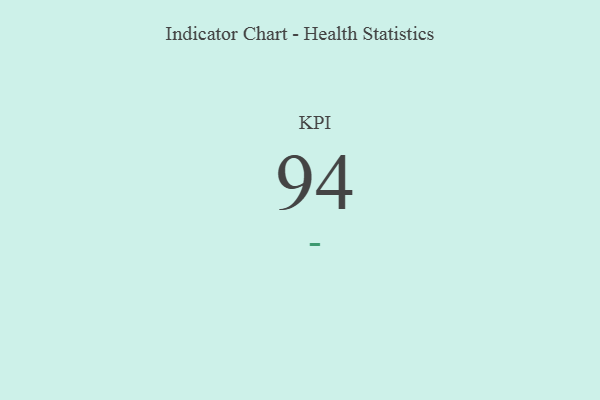
{"axis": {"x": "KPI", "y": "Value"}, "legend": [""], "data": [{"x": "KPI", "y": 94, "type": ""}]}